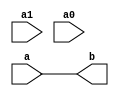
module dummy(
    input wire a1,
    input wire a0,
    input wire [1:0] a,
    output wire [1:0] b
);

    // wire [1:0] a = {a1,a0};

    initial $display("\n\n");

    always @(a) begin
        $display("Time: %0t - 'a' changed to: %b",$realtime,a);
    end

    always @({a1,a0}) begin
        $display("                                      Time: %0t - 'a1/a0' changed to: %b",$realtime,{a1,a0});
    end

    assign b = a; //{a1,a0};

endmodule